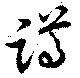
蹲